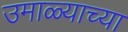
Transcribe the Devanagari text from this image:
उमाळ्याच्या